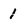
Character: 1